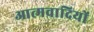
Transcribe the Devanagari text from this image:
आत्मवादियों